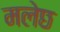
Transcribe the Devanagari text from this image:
मलेछ